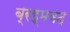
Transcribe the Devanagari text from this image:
ब्रह्मवद